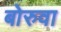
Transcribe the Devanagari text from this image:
बोरुवा